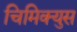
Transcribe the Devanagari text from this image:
चिमिक्युस